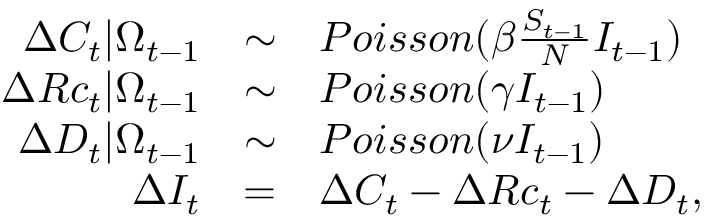
\begin{array} { r c l } { \Delta C _ { t } | \Omega _ { t - 1 } } & { \sim } & { P o i s s o n ( \beta \frac { S _ { t - 1 } } { N } I _ { t - 1 } ) } \\ { \Delta R c _ { t } | \Omega _ { t - 1 } } & { \sim } & { P o i s s o n ( \gamma I _ { t - 1 } ) } \\ { \Delta D _ { t } | \Omega _ { t - 1 } } & { \sim } & { P o i s s o n ( \nu I _ { t - 1 } ) } \\ { \Delta I _ { t } } & { = } & { \Delta C _ { t } - \Delta R c _ { t } - \Delta D _ { t } , } \end{array}